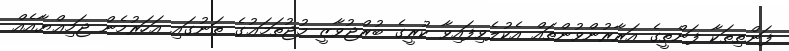
ފަންތިތަކާ ފަންތީގެ އަރާރުންވުންތައް އެކުލެވިފައިވާ ކުރީގެ ބުރްޖުވާޒީ މުޖުތަމަޢުގެ ތަނުގައި އަހަރުމެން ޖަމިޢްޔާއެއް